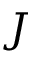
J